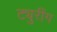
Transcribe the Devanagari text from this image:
ट्युरींग